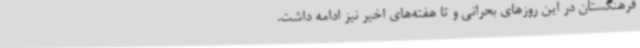
فرهنگستان در این روزهای بحرانی و تا هفته‌های اخیر نیز ادامه داشت.